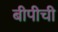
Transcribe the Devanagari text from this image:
बीपीची